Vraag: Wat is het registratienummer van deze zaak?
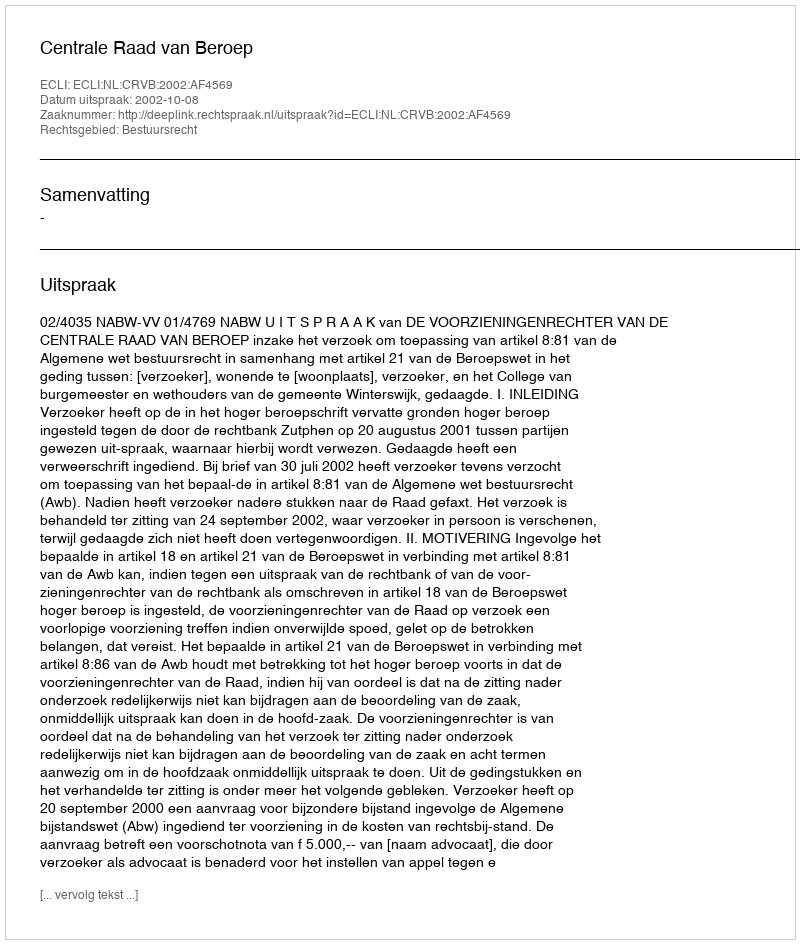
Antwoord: http://deeplink.rechtspraak.nl/uitspraak?id=ECLI:NL:CRVB:2002:AF4569